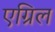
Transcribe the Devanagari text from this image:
एग्रिल